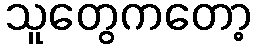
သူတွေကတော့